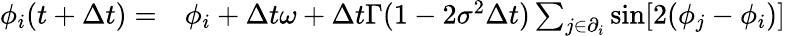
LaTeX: \begin{array}{rl}{\phi_{i}(t+\Delta t)=}&{{}\phi_{i}+\Delta t\omega+\Delta t\Gamma(1-2\sigma^{2}\Delta t)\sum_{j\in\partial_{i}}\sin[2(\phi_{j}-\phi_{i})]}\end{array}